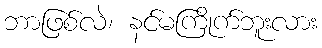
ဘာဖြစ်လဲ၊ နင်မကြိုက်ဘူးလား